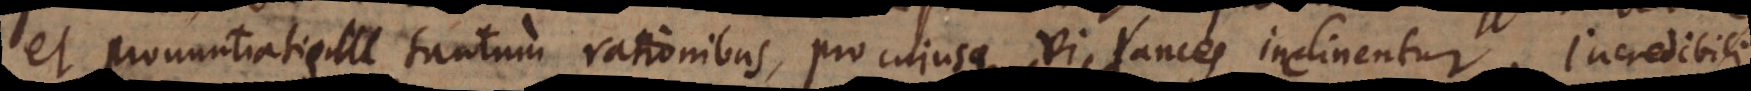
et pronuntiatis tantum rationibus, pro cujusque vi lances inclinentur. Incredibili